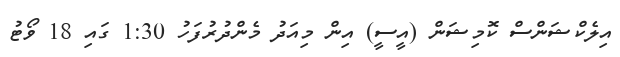
އިލެކްޝަންސް ކޮމިޝަން (އީސީ) އިން މިއަދު މެންދުރުފަހު 1:30 ގައި 18 ވޯޓު